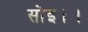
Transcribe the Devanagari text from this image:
सोइ।।